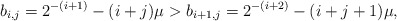
\begin{align*}b_{i,j} = 2^{-(i + 1)} - (i + j)\mu >b_{i+1,j} = 2^{-(i+2)} - (i + j + 1)\mu,\end{align*}